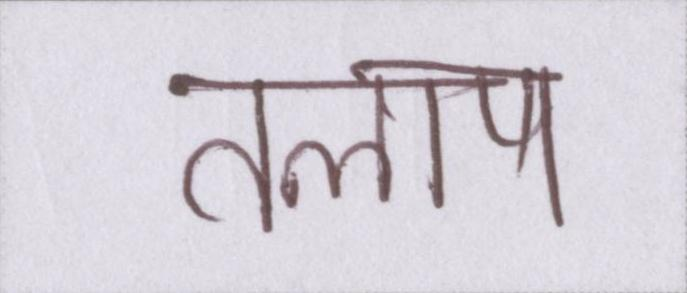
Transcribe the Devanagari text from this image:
तलाष